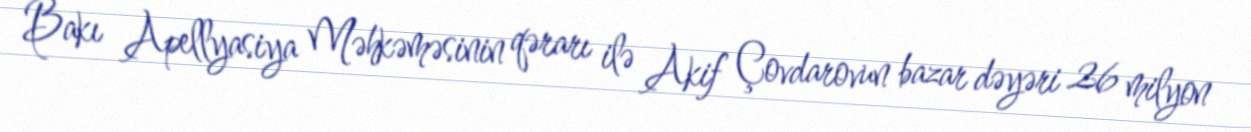
Bakı Apellyasiya Məhkəməsinin qərarı ilə Akif Çovdarovun bazar dəyəri 26 milyon